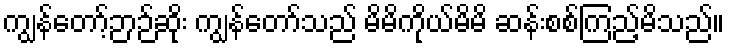
ကျွန်တော့်ဉာဉ်ဆိုး ကျွန်တော်သည် မိမိကိုယ်မိမိ ဆန်းစစ်ကြည့်မိသည်။